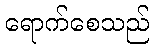
ရောက်စေသည်